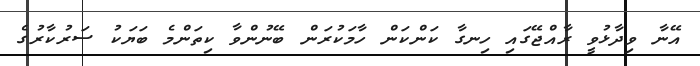
އޭނާ ވިދާޅުވީ ރާއްޖޭގައި ހިނގާ ކަންކަން ހާމަކުރަން ބޭނުންވާ ކިތަންމެ ބަޔަކު ސަރުކާރުގެ